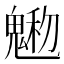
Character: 𩳩